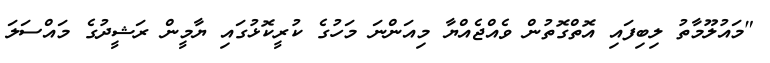
"މައުލޫމާތު ލިބިފައި އޮތްގޮތުން ވެއްޖެއްޔާ މިއަންނަ މަހުގެ ކުރީކޮޅުގައި ޔާމީން ރަޝީދުގެ މައްސަލަ